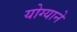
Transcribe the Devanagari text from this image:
योग्याने